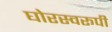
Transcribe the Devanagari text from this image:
घोरस्वरूपी